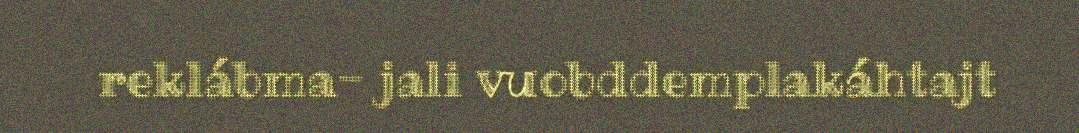
reklábma- jali vuobddemplakáhtajt